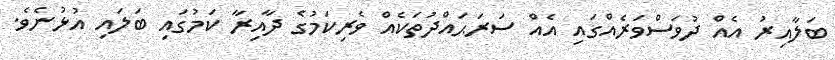
ބަލާއިރު އެއް ދުވަސްވަރެއްގައި އެއް ސަރަޙައްދުތަކެއް ވެރިކަމުގެ ދާއިރާ ކަމުގައި ބަލައި އުޅުނެވެ.